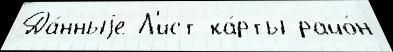
Да́нныjе Л'ист ка́рты райо́н